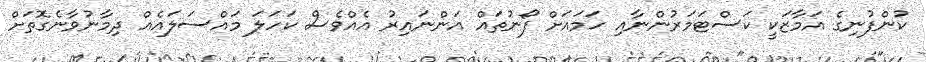
ކުންފުނިގެ އަމާޒަކީ ކަސްޓަމަރުންނާއި ހަމައަށް ފޯނުތައް އަންނައިރު އެއްވެސް ކަހަލަ މައްސަލައެއް ދިމާނުވާނެގޮތަށް